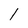
Character: l